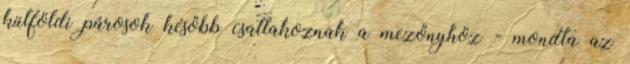
külföldi párosok később csatlakoznak a mezőnyhöz - mondta az